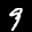
Label: 9